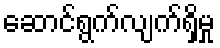
ဆောင်ရွက်လျက်ရှိမှု